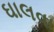
ઘાલવા